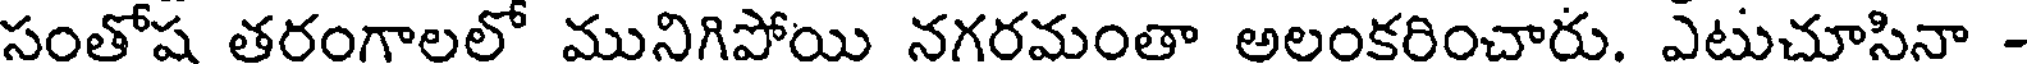
సంతోష తరంగాలలో మునిగిపోయి నగరమంతా అలంకరించారు. ఎటుచూసినా -